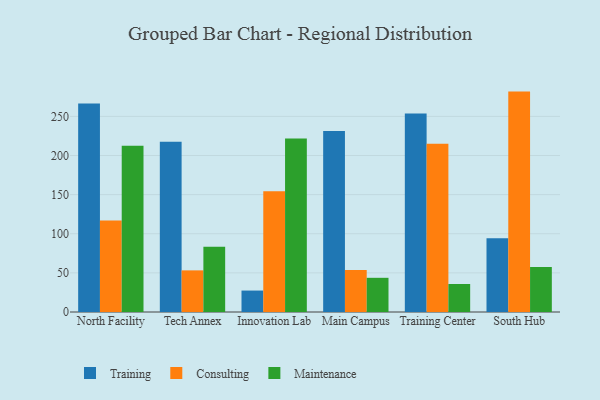
{"axis": {"x": "Campus", "y": "Active Users"}, "legend": ["Consulting", "Maintenance", "Training"], "data": [{"x": "North Facility", "y": 266.6, "type": "Training"}, {"x": "North Facility", "y": 117.0, "type": "Consulting"}, {"x": "North Facility", "y": 212.5, "type": "Maintenance"}, {"x": "Tech Annex", "y": 217.5, "type": "Training"}, {"x": "Tech Annex", "y": 53.2, "type": "Consulting"}, {"x": "Tech Annex", "y": 83.5, "type": "Maintenance"}, {"x": "Innovation Lab", "y": 27.4, "type": "Training"}, {"x": "Innovation Lab", "y": 154.4, "type": "Consulting"}, {"x": "Innovation Lab", "y": 221.9, "type": "Maintenance"}, {"x": "Main Campus", "y": 231.5, "type": "Training"}, {"x": "Main Campus", "y": 53.7, "type": "Consulting"}, {"x": "Main Campus", "y": 43.7, "type": "Maintenance"}, {"x": "Training Center", "y": 253.8, "type": "Training"}, {"x": "Training Center", "y": 215.0, "type": "Consulting"}, {"x": "Training Center", "y": 35.8, "type": "Maintenance"}, {"x": "South Hub", "y": 94.3, "type": "Training"}, {"x": "South Hub", "y": 281.7, "type": "Consulting"}, {"x": "South Hub", "y": 57.5, "type": "Maintenance"}]}